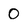
Character: 0